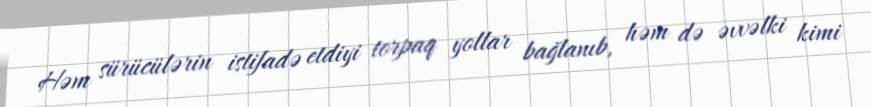
Həm sürücülərin istifadə etdiyi torpaq yollar bağlanıb, həm də əvvəlki kimi